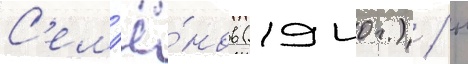
С'ем'ё́нов (1940г.) / н